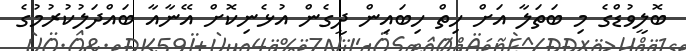
ބޮލީވުޑްގެ މި ބަތަލާ އަށް ހިތް ހިބައިން ދީގެން އުޅެނިކޮށް އޭނާއާ ބައްދަލުކުރުމުގެ